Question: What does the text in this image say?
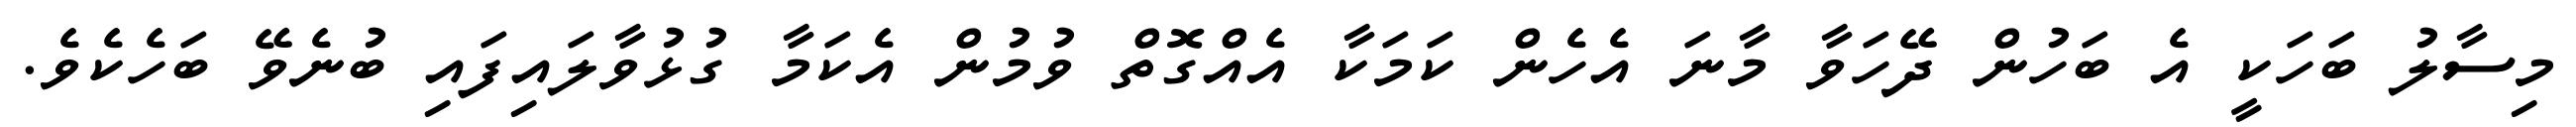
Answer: މިސާލު ބަހަކީ އެ ބަހުން ދޭހަވާ މާނަ އެހެން ކަމަކާ އެއްގޮތް ވުމުން އެކަމާ ގުޅުވާލައިފައި ބުނެވޭ ބަހެކެވެ.